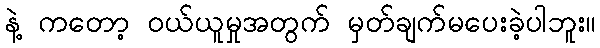
နဲ့ ကတော့ ဝယ်ယူမှုအတွက် မှတ်ချက်မပေးခဲ့ပါဘူး။